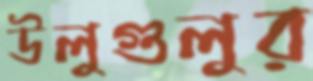
উলুগুলুর